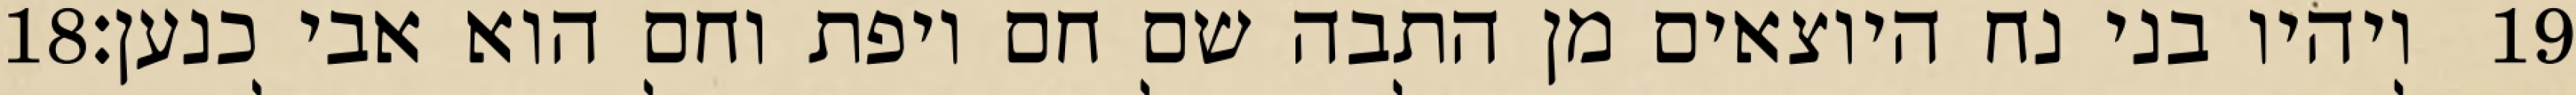
‎18‏ ויהיו בני נח היוצאים מן התבה שם חם ויפת וחם הוא אבי כנען׃ ‎19‏